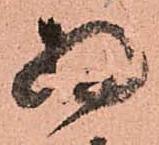
為